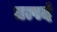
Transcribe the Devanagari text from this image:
तत्पदं